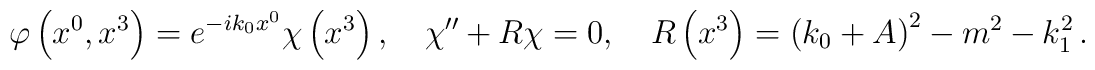
\varphi \left( x^{0},x^{3}\right) =e^{-ik_{0}x^{0}}\chi \left( x^{3}\right),\quad \chi ^{\prime \prime }+R\chi =0,\quad R\left( x^{3}\right) =\left(k_{0}+A\right) ^{2}-m^{2}-k_{1}^{2}\,.